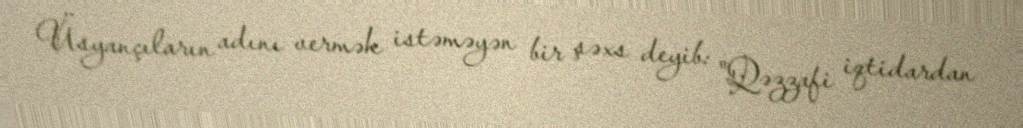
Üsyançıların adını vermək istəməyən bir şəxs deyib: "Qəzzafi iqtidardan